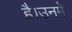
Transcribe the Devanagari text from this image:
है।उनमे